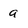
Character: a